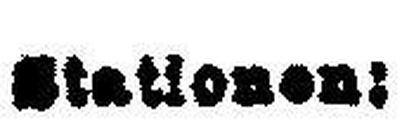
Stationen!